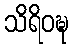
သိရိဝဍ္ဎ